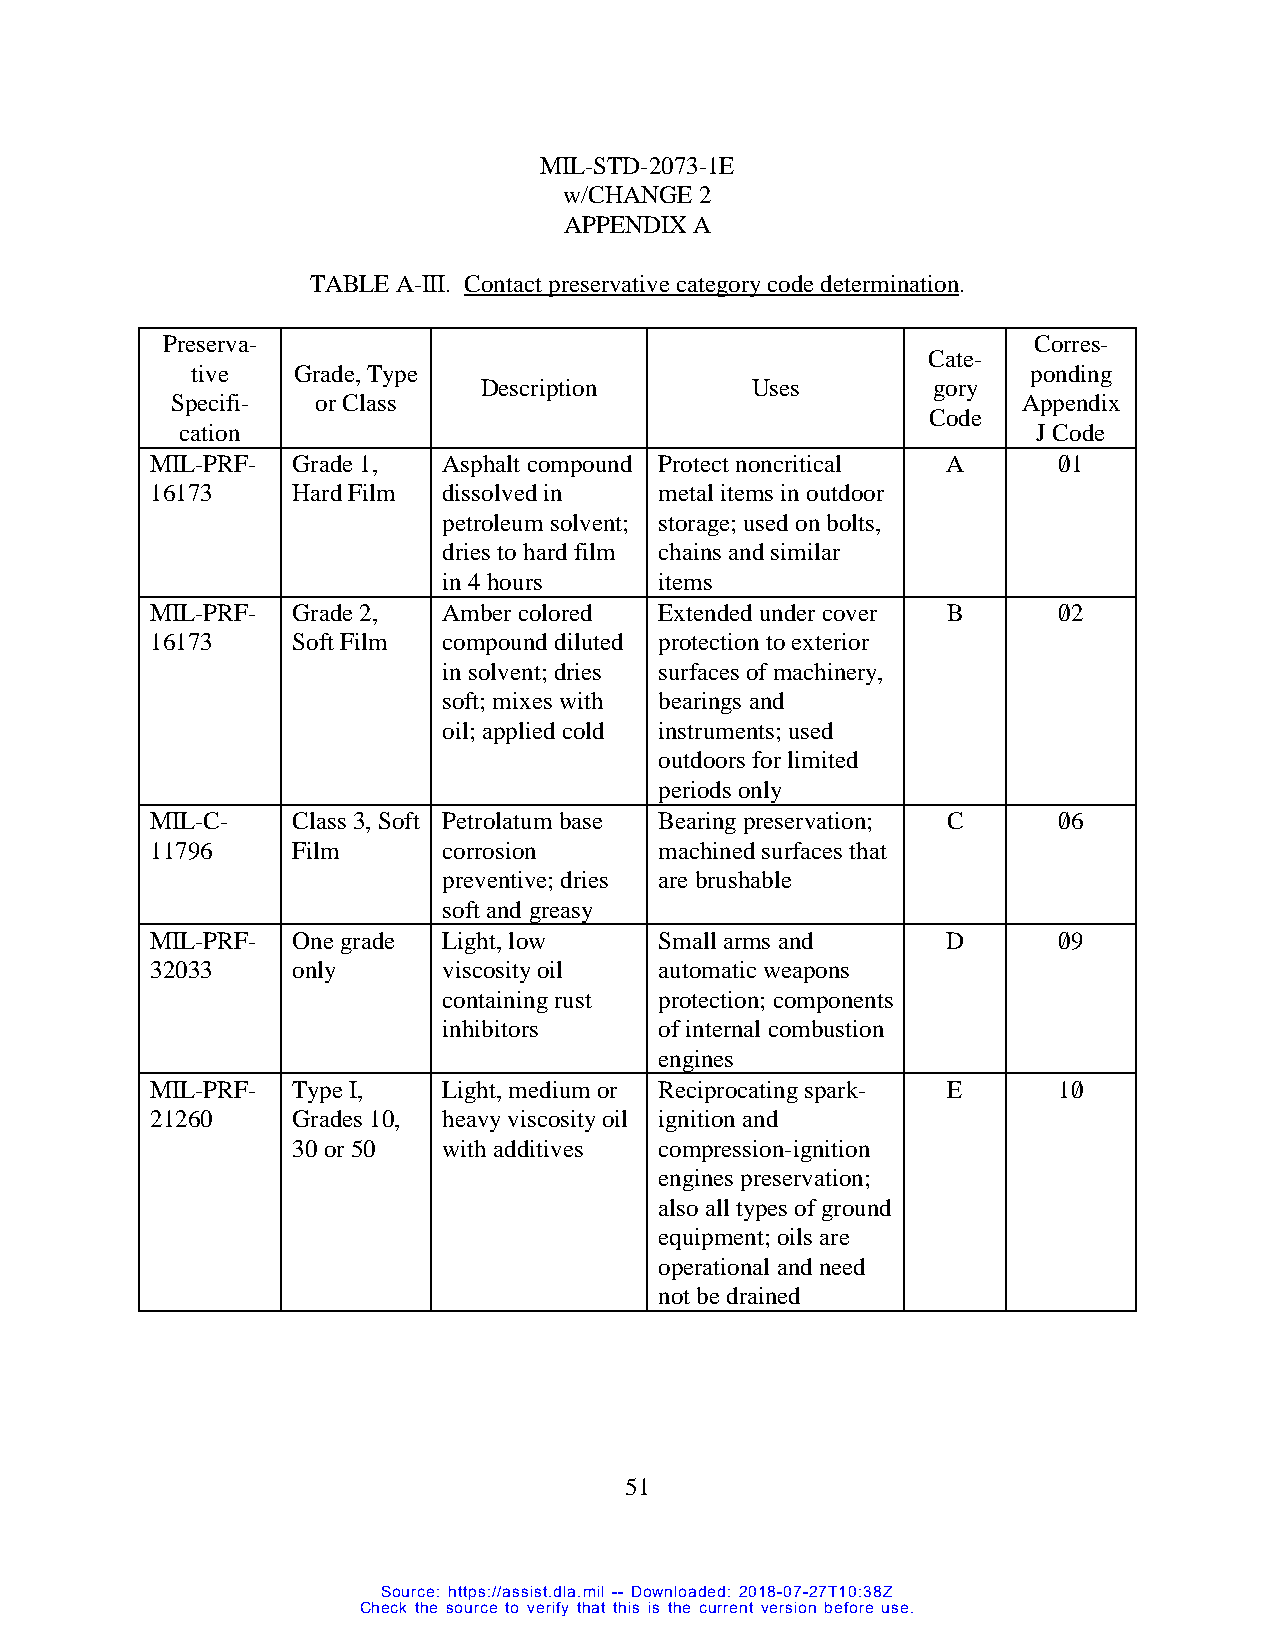
MIL-STD-2073-1E
 w/CHANGE 2
 APPENDIX A
 TABLE A-III. Contact preservative category code determination.
 Preserva-                                                Corres-
 Cate-
 tive  Grade, Type                                      ponding
 Description       Uses        gory
 Specifi-  or Class                                       Appendix
 Code
 cation                                                   J Code
 MIL-PRF- Grade 1,  Asphalt compound Protect noncritical A   0/1
 16173    Hard Film dissolved in   metal items in outdoor
 petroleum solvent; storage; used on bolts,
 dries to hard film chains and similar
 in 4 hours     items
 MIL-PRF- Grade 2,  Amber colored  Extended under cover B    0/2
 16173    Soft Film compound diluted protection to exterior
 in solvent; dries surfaces of machinery,
 soft; mixes with bearings and
 oil; applied cold instruments; used
 outdoors for limited
 periods only
 MIL-C-   Class 3, Soft Petrolatum base Bearing preservation; C 0/6
 11796    Film      corrosion      machined surfaces that
 preventive; dries are brushable
 soft and greasy
 MIL-PRF- One grade Light, low     Small arms and     D      0/9
 32033    only      viscosity oil  automatic weapons
 containing rust protection; components
 inhibitors     of internal combustion
 engines
 MIL-PRF- Type I,   Light, medium or Reciprocating spark- E  10/
 21260    Grades 10, heavy viscosity oil ignition and
 30 or 50  with additives compression-ignition
 engines preservation;
 also all types of ground
 equipment; oils are
 operational and need
 not be drained
 51
 Source: https://assist.dla.mil -- Downloaded: 2018-07-27T10:38Z
 Check the source to verify that this is the current version before use.